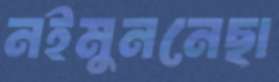
নইমুননেছা